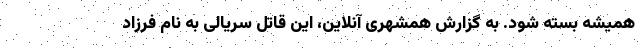
همیشه بسته شود. به‌ گزارش همشهری ‌آنلاین، این قاتل سریالی به نام فرزاد